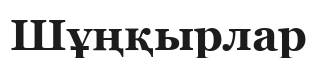
Шұңқырлар